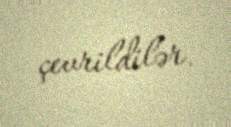
çevrildilər.